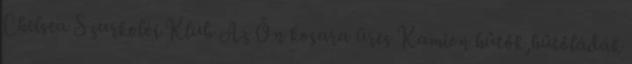
Chelsea Szurkolói Klub Az Ön kosara üres Kamion hűtők,hűtőládák